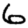
Digit: 6